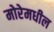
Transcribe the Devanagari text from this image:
मोरेमधील